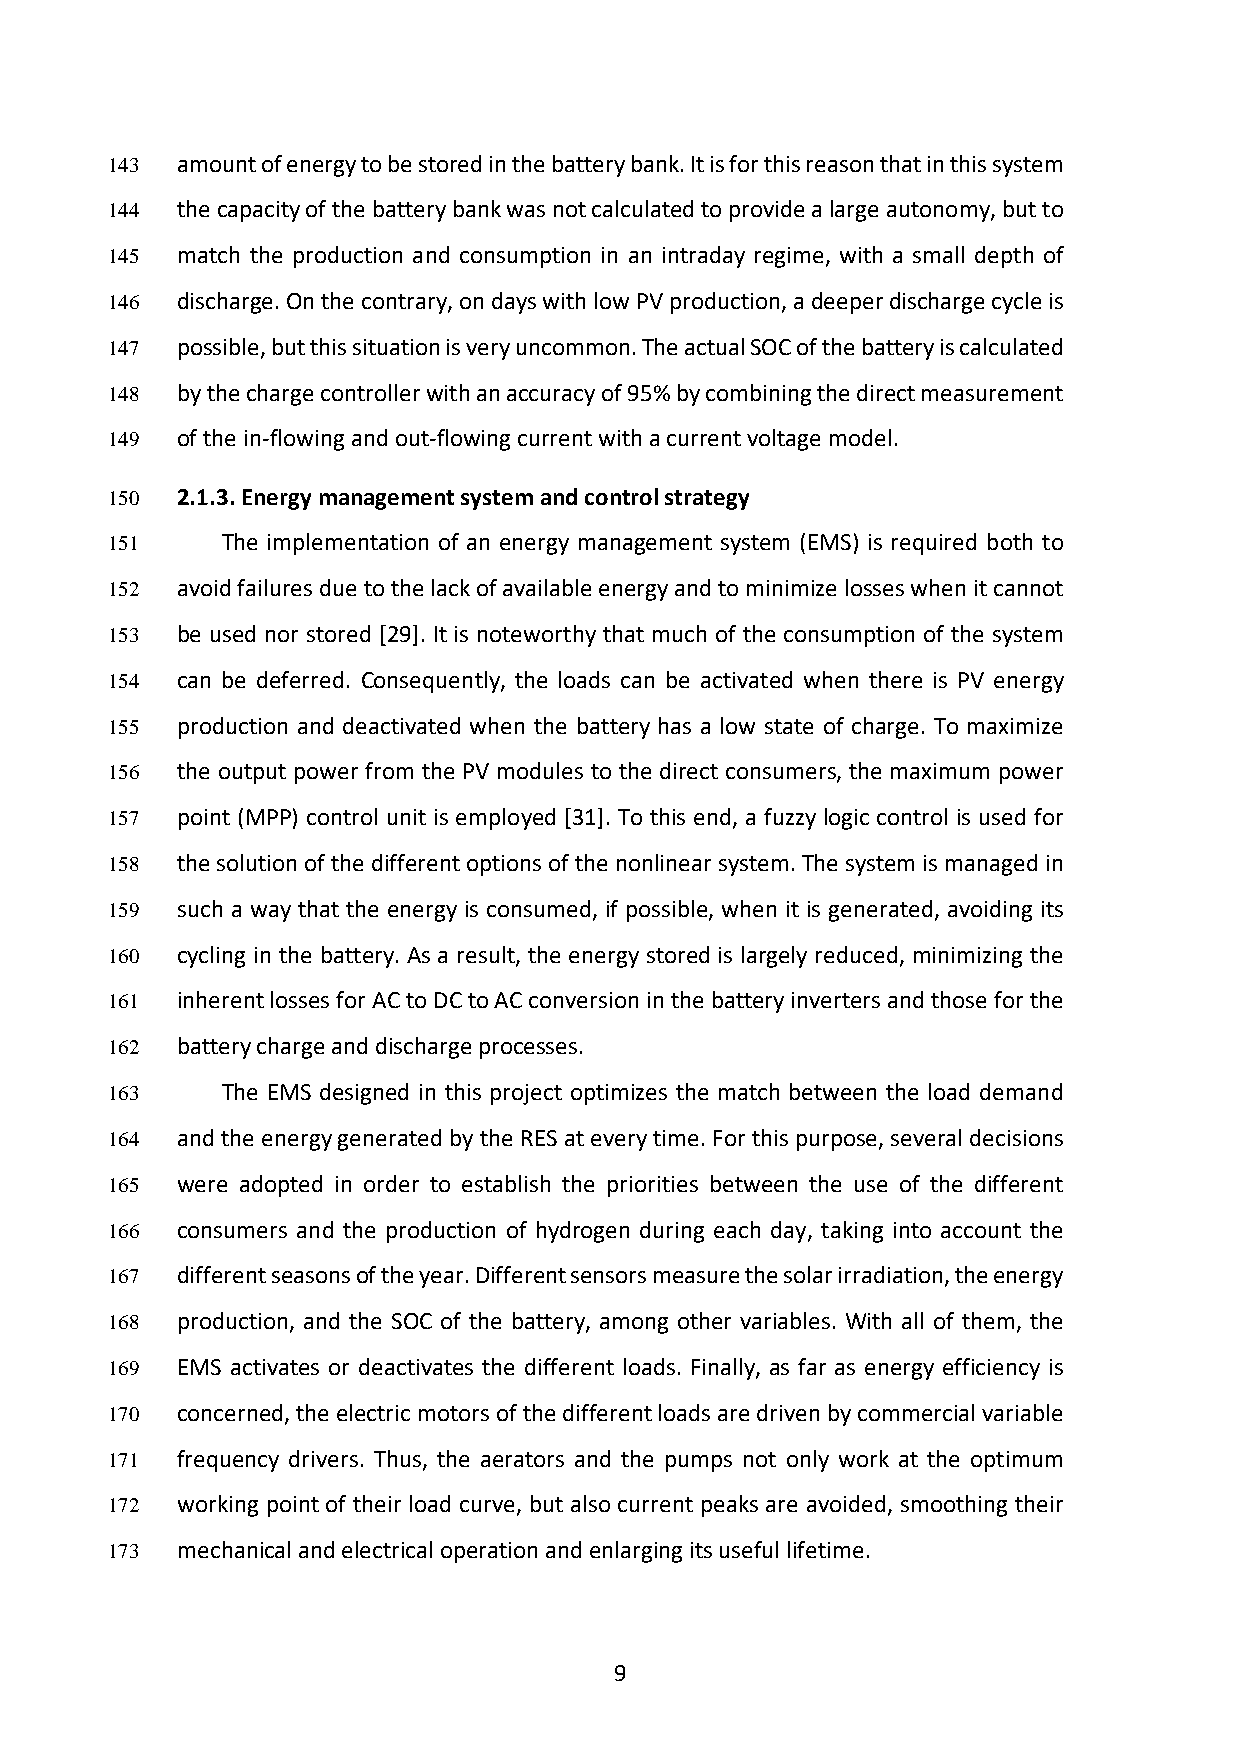
143  amount of energy to be stored in the battery bank. It is for this reason that in this system
 144  the capacity of the battery bank was not calculated to provide a large autonomy, but to
 145  match the production and consumption in an intraday regime, with a small depth of
 146  discharge. On the contrary, on days with low PV production, a deeper discharge cycle is
 147  possible, but this situation is very uncommon. The actual SOC of the battery is calculated
 148  by the charge controller with an accuracy of 95% by combining the direct measurement
 149  of the in-flowing and out-flowing current with a current voltage model.
 150  2.1.3. Energy management system and control strategy
 151     The implementation of an energy management system (EMS) is required both to
 152  avoid failures due to the lack of available energy and to minimize losses when it cannot
 153  be used nor stored [29]. It is noteworthy that much of the consumption of the system
 154  can be deferred. Consequently, the loads can be activated when there is PV energy
 155  production and deactivated when the battery has a low state of charge. To maximize
 156  the output power from the PV modules to the direct consumers, the maximum power
 157  point (MPP) control unit is employed [31]. To this end, a fuzzy logic control is used for
 158  the solution of the different options of the nonlinear system. The system is managed in
 159  such a way that the energy is consumed, if possible, when it is generated, avoiding its
 160  cycling in the battery. As a result, the energy stored is largely reduced, minimizing the
 161  inherent losses for AC to DC to AC conversion in the battery inverters and those for the
 162  battery charge and discharge processes.
 163     The EMS designed in this project optimizes the match between the load demand
 164  and the energy generated by the RES at every time. For this purpose, several decisions
 165  were adopted in order to establish the priorities between the use of the different
 166  consumers and the production of hydrogen during each day, taking into account the
 167  different seasons of the year. Different sensors measure the solar irradiation, the energy
 168  production, and the SOC of the battery, among other variables. With all of them, the
 169  EMS activates or deactivates the different loads. Finally, as far as energy efficiency is
 170  concerned, the electric motors of the different loads are driven by commercial variable
 171  frequency drivers. Thus, the aerators and the pumps not only work at the optimum
 172  working point of their load curve, but also current peaks are avoided, smoothing their
 173  mechanical and electrical operation and enlarging its useful lifetime.
 9